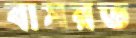
বাসরত